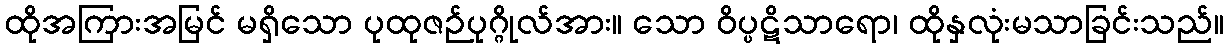
ထိုအကြားအမြင် မရှိသော ပုထုဇဉ်ပုဂ္ဂိုလ်အား။ သော ဝိပ္ပဋိသာရော၊ ထိုနှလုံးမသာခြင်းသည်။